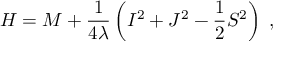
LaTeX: H = M + \frac { 1 } { 4 \lambda } \left( I ^ { 2 } + J ^ { 2 } - \frac { 1 } { 2 } S ^ { 2 } \right) \; ,